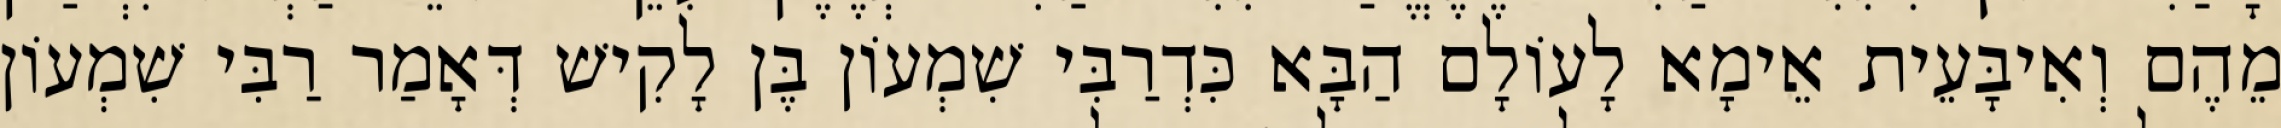
מֵהֶם וְאִיבָּעֵית אֵימָא לָעוֹלָם הַבָּא כִּדְרַבִּי שִׁמְעוֹן בֶּן לָקִישׁ דְּאָמַר רַבִּי שִׁמְעוֹן